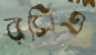
রসিও